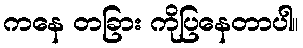
ကနေ တခြား ကိုပြနေတာပါ။